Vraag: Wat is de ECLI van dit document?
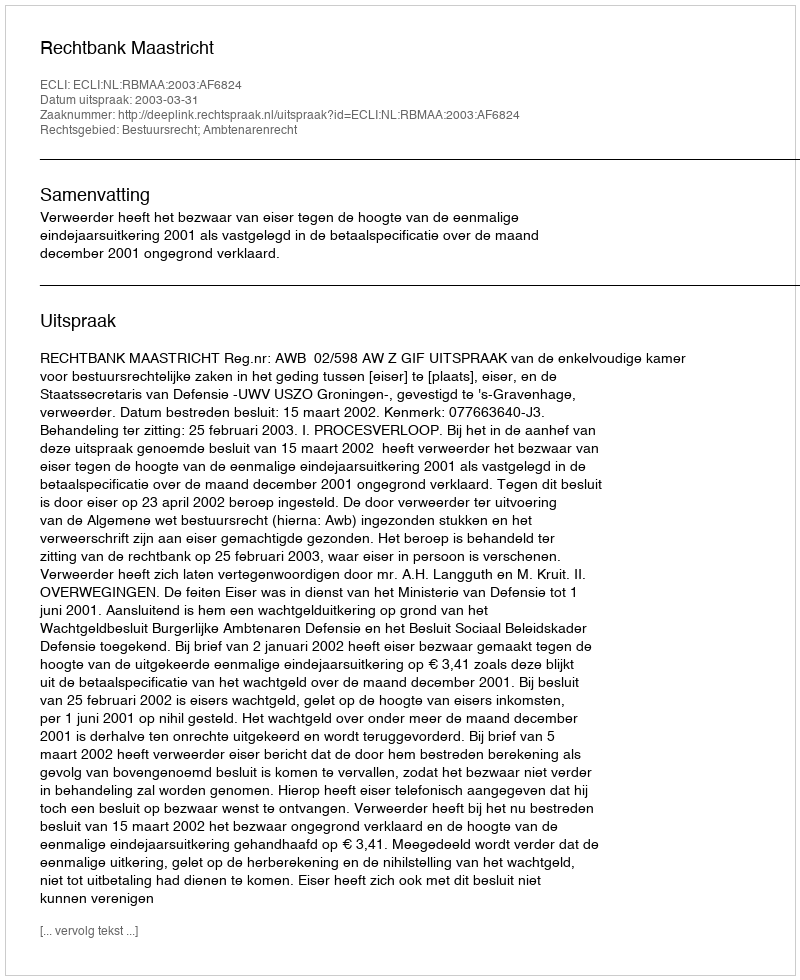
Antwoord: ECLI:NL:RBMAA:2003:AF6824